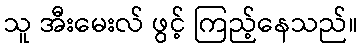
သူ အီးမေးလ် ဖွင့် ကြည့်နေသည်။